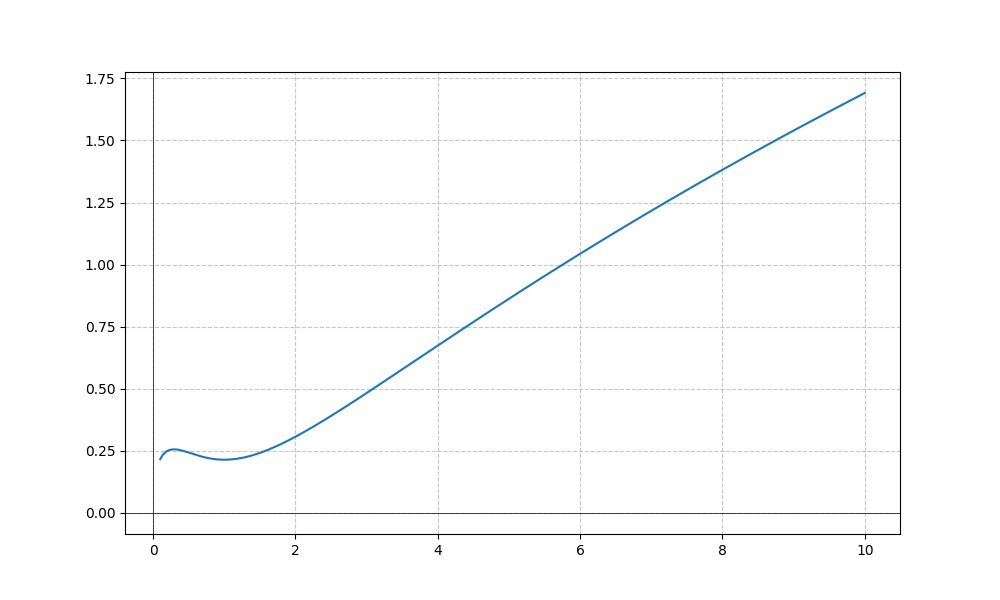
LaTeX formula: \sqrt{x} - \operatorname{atan}{\left(x \right)}